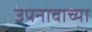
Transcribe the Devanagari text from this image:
उपनावाच्या